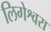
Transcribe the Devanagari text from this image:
लिगेश्वरा